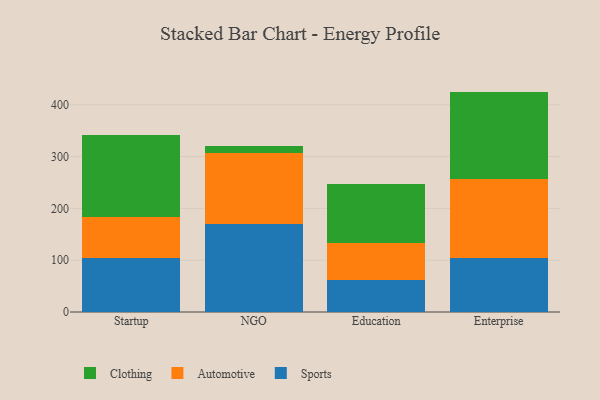
{"axis": {"x": "Segment", "y": "Bounce Rate (%)"}, "legend": ["Automotive", "Clothing", "Sports"], "data": [{"x": "Startup", "y": 103.8, "type": "Sports"}, {"x": "Startup", "y": 79.2, "type": "Automotive"}, {"x": "Startup", "y": 159.0, "type": "Clothing"}, {"x": "NGO", "y": 170.1, "type": "Sports"}, {"x": "NGO", "y": 135.9, "type": "Automotive"}, {"x": "NGO", "y": 13.9, "type": "Clothing"}, {"x": "Education", "y": 61.6, "type": "Sports"}, {"x": "Education", "y": 72.3, "type": "Automotive"}, {"x": "Education", "y": 113.4, "type": "Clothing"}, {"x": "Enterprise", "y": 103.3, "type": "Sports"}, {"x": "Enterprise", "y": 153.4, "type": "Automotive"}, {"x": "Enterprise", "y": 168.7, "type": "Clothing"}]}